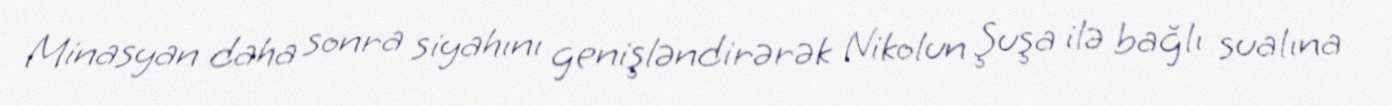
Minasyan daha sonra siyahını genişləndirərək Nikolun Şuşa ilə bağlı sualına